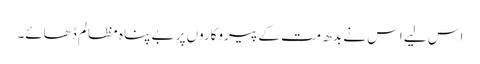
اس لیے اس نے بدھ مت کے پیروکاروں پر بے پناہ مظالم ڈھائے۔